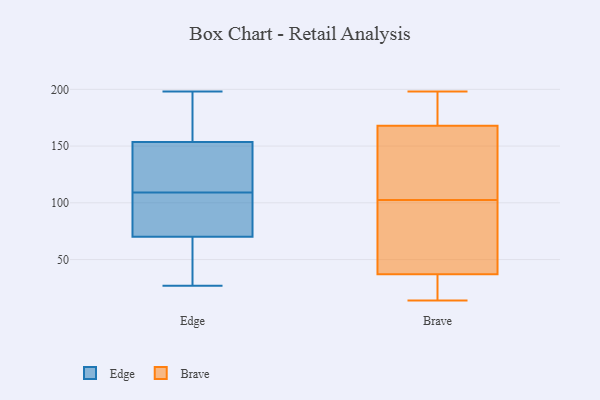
{"axis": {"x": "Waste Production (Tons)", "y": "Value"}, "legend": ["Brave", "Edge"], "data": [{"x": "", "y": 198, "type": "Edge"}, {"x": "", "y": 140, "type": "Edge"}, {"x": "", "y": 123, "type": "Edge"}, {"x": "", "y": 50, "type": "Edge"}, {"x": "", "y": 180, "type": "Edge"}, {"x": "", "y": 192, "type": "Edge"}, {"x": "", "y": 27, "type": "Edge"}, {"x": "", "y": 80, "type": "Edge"}, {"x": "", "y": 121, "type": "Edge"}, {"x": "", "y": 45, "type": "Edge"}, {"x": "", "y": 93, "type": "Edge"}, {"x": "", "y": 92, "type": "Edge"}, {"x": "", "y": 165, "type": "Edge"}, {"x": "", "y": 142, "type": "Edge"}, {"x": "", "y": 97, "type": "Edge"}, {"x": "", "y": 60, "type": "Edge"}, {"x": "", "y": 196, "type": "Brave"}, {"x": "", "y": 14, "type": "Brave"}, {"x": "", "y": 191, "type": "Brave"}, {"x": "", "y": 37, "type": "Brave"}, {"x": "", "y": 33, "type": "Brave"}, {"x": "", "y": 95, "type": "Brave"}, {"x": "", "y": 119, "type": "Brave"}, {"x": "", "y": 198, "type": "Brave"}, {"x": "", "y": 110, "type": "Brave"}, {"x": "", "y": 35, "type": "Brave"}, {"x": "", "y": 67, "type": "Brave"}, {"x": "", "y": 168, "type": "Brave"}, {"x": "", "y": 57, "type": "Brave"}, {"x": "", "y": 126, "type": "Brave"}]}